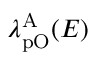
\lambda _ { \mathrm { p O } } ^ { \mathrm { A } } ( E )